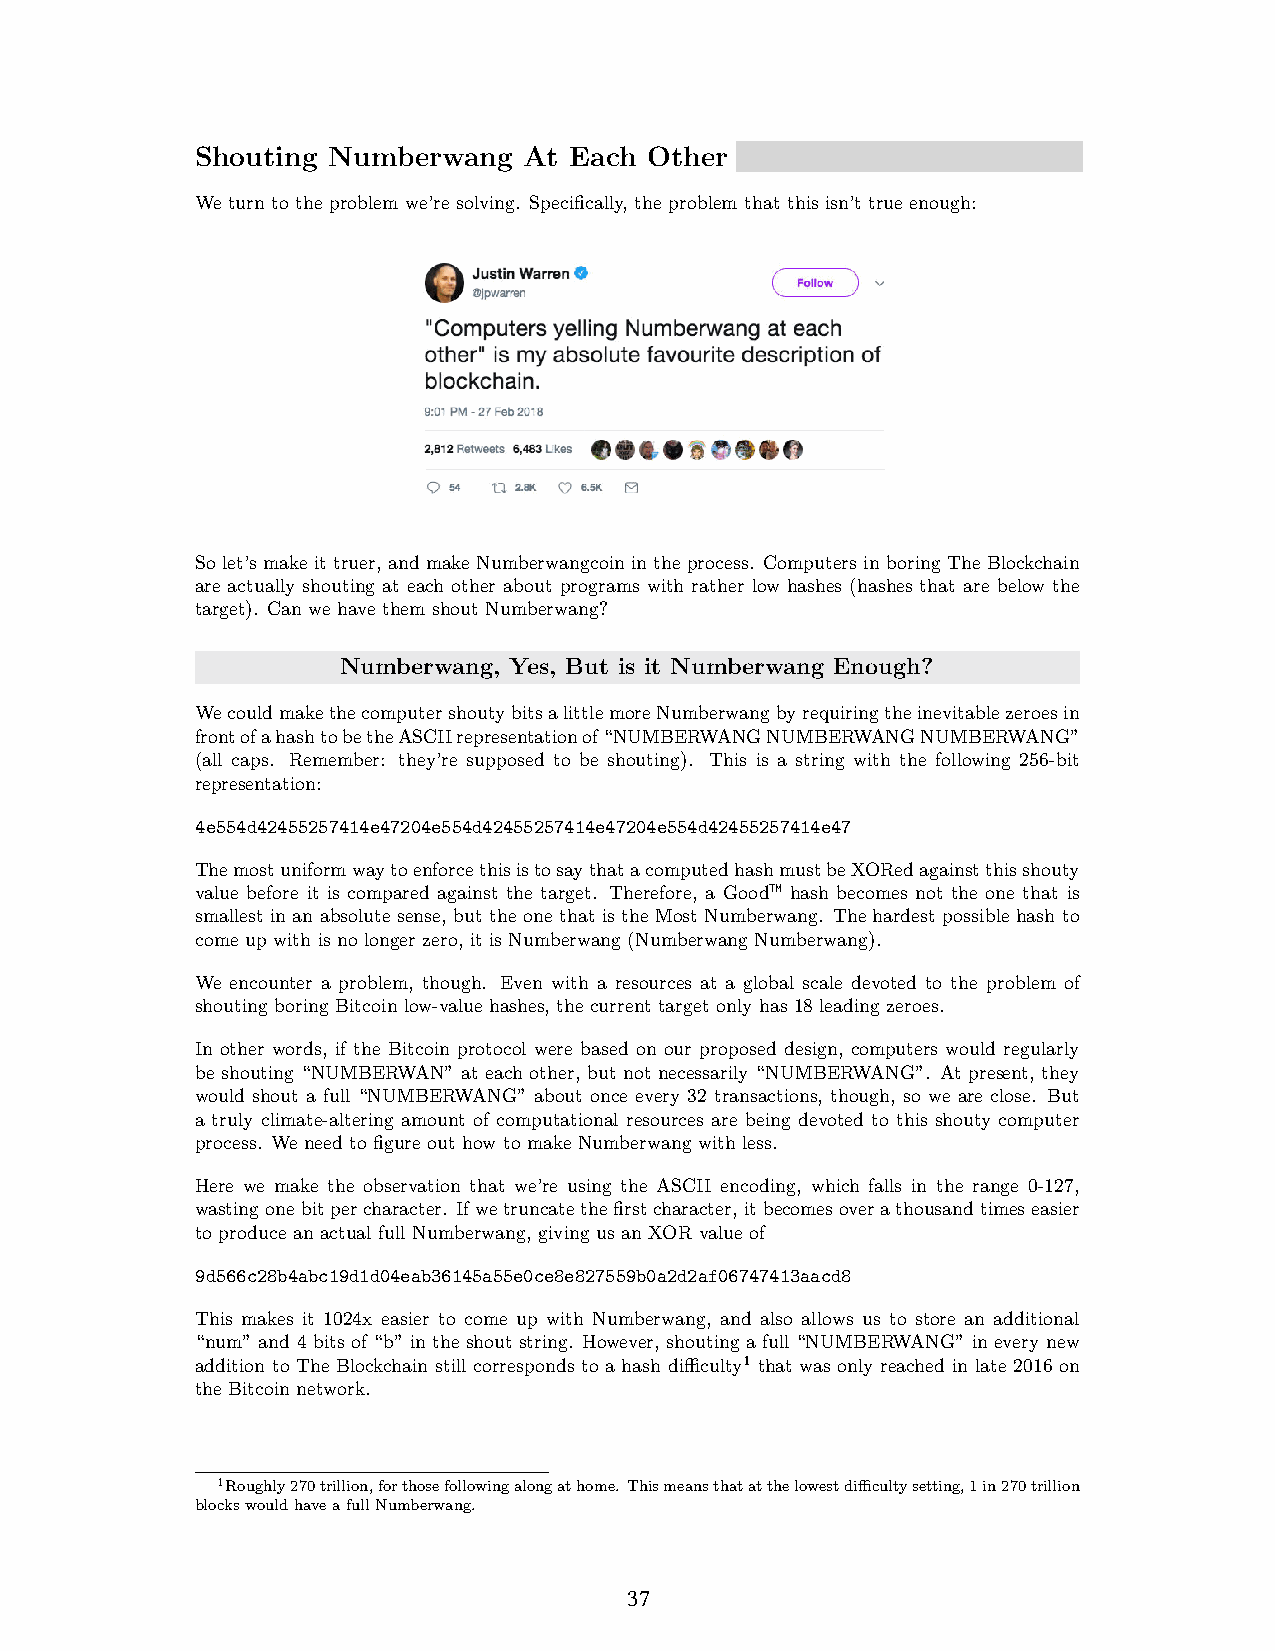
Shouting Numberwang   At Each Other
 We turn to the problem we’re solving. Specifically, the problem that this isn’t true enough:
 So let’s make it truer, and make Numberwangcoin in the process. Computers in boring The Blockchain
 are actually shouting at each other about programs with rather low hashes (hashes that are below the
 target). Can we have them shout Numberwang?
 Numberwang, Yes, But is it Numberwang Enough?
 WecouldmakethecomputershoutybitsalittlemoreNumberwangbyrequiringtheinevitablezeroesin
 frontofahashtobetheASCIIrepresentationof“NUMBERWANGNUMBERWANGNUMBERWANG”
 (all caps. Remember: they’re supposed to be shouting). This is a string with the following 256-bit
 representation:
 4e554d42455257414e47204e554d42455257414e47204e554d42455257414e47
 ThemostuniformwaytoenforcethisistosaythatacomputedhashmustbeXORedagainstthisshouty
 value before it is compared against the target. Therefore, a Good™ hash becomes not the one that is
 smallest in an absolute sense, but the one that is the Most Numberwang. The hardest possible hash to
 come up with is no longer zero, it is Numberwang (Numberwang Numberwang).
 We encounter a problem, though. Even with a resources at a global scale devoted to the problem of
 shouting boring Bitcoin low-value hashes, the current target only has 18 leading zeroes.
 In other words, if the Bitcoin protocol were based on our proposed design, computers would regularly
 be shouting “NUMBERWAN” at each other, but not necessarily “NUMBERWANG”. At present, they
 would shout a full “NUMBERWANG” about once every 32 transactions, though, so we are close. But
 a truly climate-altering amount of computational resources are being devoted to this shouty computer
 process. We need to figure out how to make Numberwang with less.
 Here we make the observation that we’re using the ASCII encoding, which falls in the range 0-127,
 wastingonebitpercharacter. Ifwetruncatethefirstcharacter,itbecomesoverathousandtimeseasier
 to produce an actual full Numberwang, giving us an XOR value of
 9d566c28b4abc19d1d04eab36145a55e0ce8e827559b0a2d2af06747413aacd8
 This makes it 1024x easier to come up with Numberwang, and also allows us to store an additional
 “num” and 4 bits of “b” in the shout string. However, shouting a full “NUMBERWANG” in every new
 addition to The Blockchain still corresponds to a hash difficulty1 that was only reached in late 2016 on
 the Bitcoin network.
 1Roughly270trillion,forthosefollowingalongathome. Thismeansthatatthelowestdifficultysetting,1in270trillion
 blockswouldhaveafullNumberwang.
 2
 37